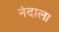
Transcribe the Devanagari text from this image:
नंदाला